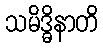
သမိဒ္ဓိနာတိ